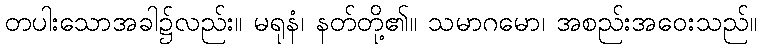
တပါးသောအခါ၌လည်း။ မရုနံ၊ နတ်တို့၏။ သမာဂမော၊ အစည်းအဝေးသည်။